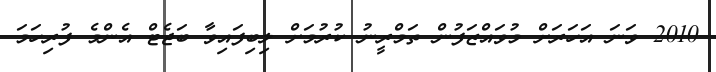
2010 ވަނަ އަހަރަށް މުވައްޒަފުން ތަމްރީނު ކުރުމަށް ލިބިފައިވާ ބަޖެޓް އެންމެ ފުރިހަމަ